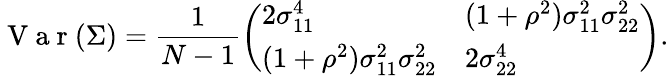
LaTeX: \mathrm{~V~a~r~}(\Sigma)=\frac{1}{N-1}\left(\begin{array}{ll}{2\sigma_{11}^{4}}&{(1+\rho^{2})\sigma_{11}^{2}\sigma_{22}^{2}}\\ {(1+\rho^{2})\sigma_{11}^{2}\sigma_{22}^{2}}&{2\sigma_{22}^{4}}\end{array}\right).